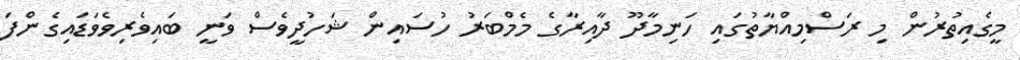
މީގެއިތުރުން މި ރަސްމިއްޔާތުގައި ހަނިމާދޫ ދާއިރާގެ މެމްބަރު ހުސައިން ޝަހުދީވެސް ވަނީ ބައިވެރިވެވަޑައިގެންފަ